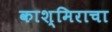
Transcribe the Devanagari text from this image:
काश्मिराचा